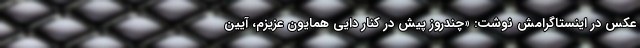
عکس در اینستاگرامش نوشت: «چندروز پیش در کنار دایی همایون عزیزم، آیین